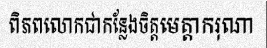
ពិភពលោកជាកន្លែងចិត្តមេត្តាករុណា